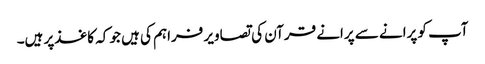
آپ کو پرانے سے پرانے قرآن کی تصاویر فراہم کی ہیں جو کہ کاغذ‌پر ہیں۔